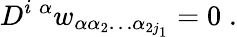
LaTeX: D^{i\; \alpha}w_{\alpha\alpha_{2}\ldots\alpha_{2j_{1}}}=0\; .